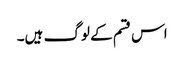
اس قسم کے لوگ ہیں۔